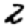
Digit: 2